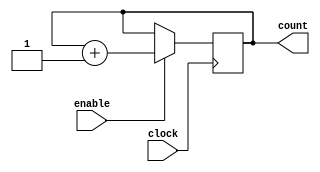
module b_10count(
			count,
			clock,
			enable
			);
			input clock;
			input enable;
			output reg [9:0] count;
			
			initial count = 10'b0;
			
			always @ (posedge clock)
				if (enable == 1'b1)begin
					count <= count + 1'b1;
					end

endmodule